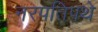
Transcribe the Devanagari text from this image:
नरपतिपथे